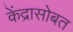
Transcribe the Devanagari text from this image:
केंद्रासोबत